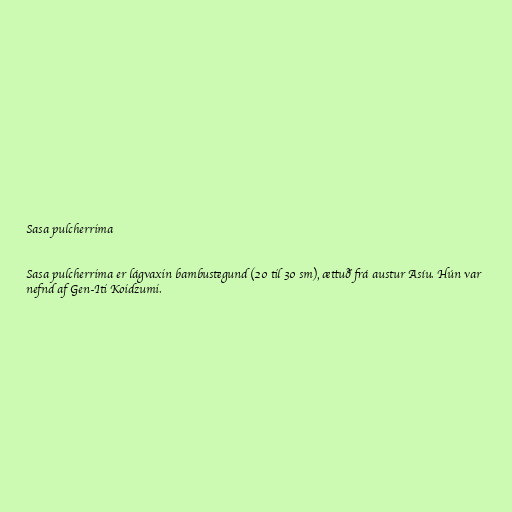
Sasa pulcherrima

Sasa pulcherrima er lágvaxin bambustegund (20 til 30 sm), ættuð frá austur Asíu. Hún var
nefnd af Gen-Iti Koidzumi.